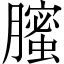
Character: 𦢉